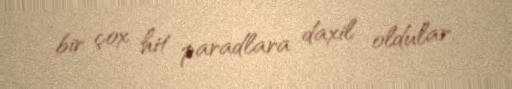
bir çox hit paradlara daxil oldular.